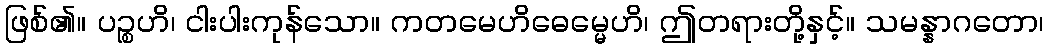
ဖြစ်၏။ ပဉ္စဟိ၊ ငါးပါးကုန်သော။ ကတမေဟိဓေမ္မေဟိ၊ ဤတရားတို့နှင့်။ သမန္နာဂတော၊